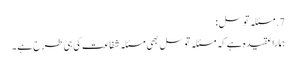
7. مسئلہ توسل :
ہمارا عقیدہ ہے کہ مسئلہ توسل بھی مسئلہ شفاعت کی ہی طرح ہے ۔